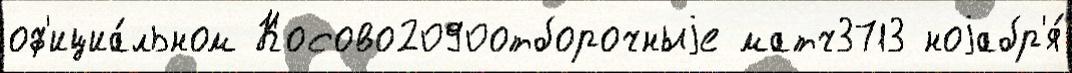
оф'ициа́льном Косово2090отборочныjе матч3713 ноjабр'я́